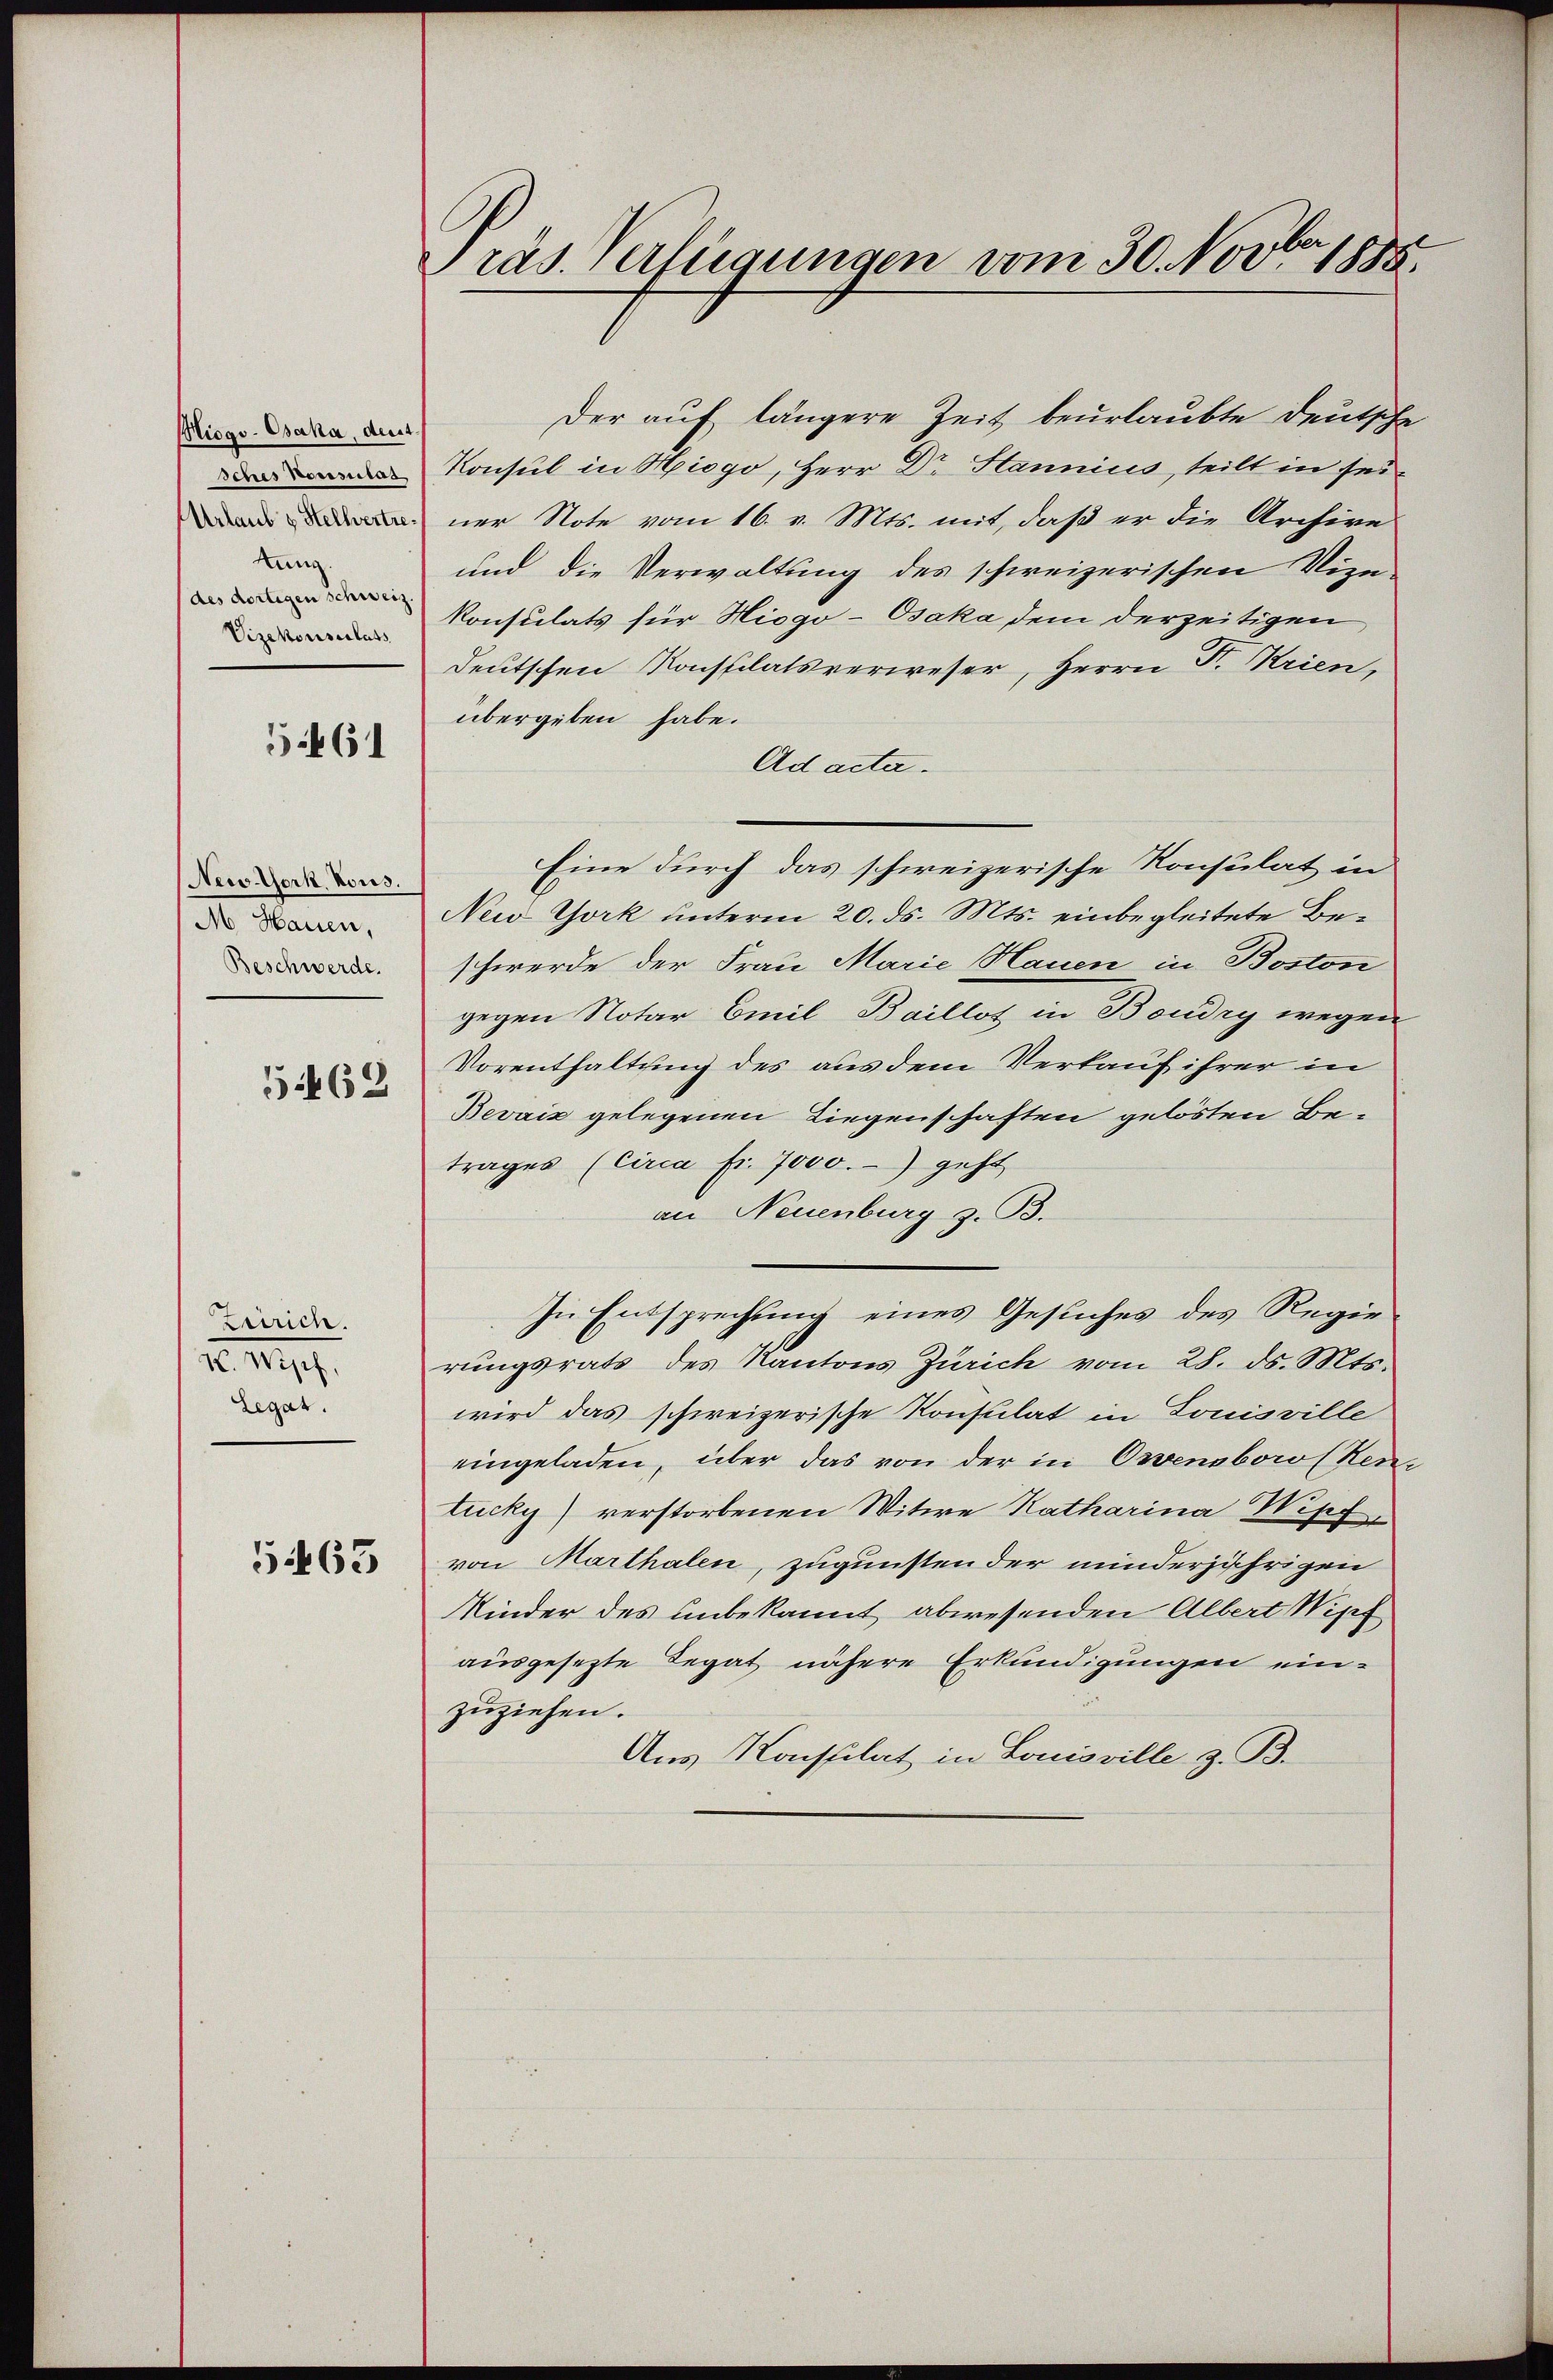
iogo-Osaka, deut
sches Porsulas
Urlaub & Stellvertre
kung.
des dortigen schweiz
Vizekonsulats

5461

New York, Kons.
M. Hauen,
Beschwerde.
54462

Zürich.
XV. Wipf,
Legat.

5463

Präs. Verfügungen vom 30. Novbr. 1888.

Der auf längere Zeit beurlaubte deutsche
Konsul in Hiogo, Herr Dr. Stannius, teilt in seiner Note vom 16. v. Mts. mit, daß er die Archive
und die Verwaltung des schweizerischen Vize-
Konsulats für Hiogo-Osaka dem derzeitigen
deutschen Konstilatsverweser, Herrn Dr. Krien,
übergeben habe.
Ad acta.
New York unterm 20. ds. Mts. einbegleitete Beschwerde der Frau Marie Hauen in Boston
gegen Notar Emil Baillot in Boudry wegen
Vorenthaltung des aus dem Verkauf ihrer in
Bevaiz gelegenen Liegenschaften gelösten Betrages (Circa Fr. 7000.-) geht
an Neuenburg z. B.
In Entsprechung eines Gesuches des Regierungsrats des Kantons Zürich vom 28. ds. Mts.
wird das schweizerische Konsulat in Louisville
eingeladen, über das von der in Orvenabowo (Renz
tucky) verstorbenen Witwe Katharina Wipf
von Marthalen, zugunsten der minderjährigen
Minder des unbekannt abwesenden Albert Wipf
ausgesezte Legat nähere Erkundigungen einzuziehen.
Aus Konstilat in Louisville z. B.

Eine durch das schweizerische Konsulat in